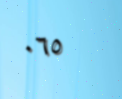
٠٦٥